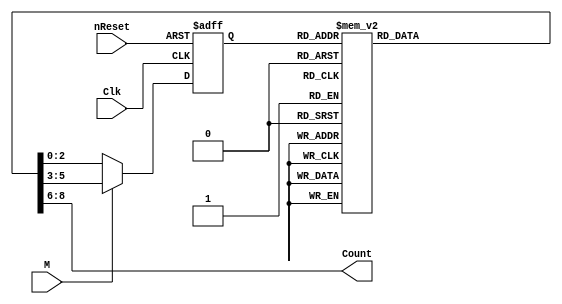
module complexCounter(Clk, nReset, M, Count);
	input Clk, nReset, M;
	output [2:0] Count;
	
	reg [2:0] cState,nStateBin,nStateGr;
	always @ (negedge Clk, negedge nReset)
		if(!nReset)
			cState <= 3'b000;
		else if(!M)
			cState <= nStateBin;
			else
			cState <= nStateGr;
	
	reg [2:0] Count;
	always @ (cState)
		case(cState)
			3'b000: begin
				nStateBin <= 3'b001;
				nStateGr <= 3'b001;
				Count <= 3'b000;
			end
			3'b001: begin
				nStateBin <= 3'b010;
				nStateGr <= 3'b011;
				Count <= 3'b001;
			end
			3'b010: begin
				nStateBin <= 3'b011;
				nStateGr <= 3'b110;
				Count <= 3'b010;
			end
			3'b011: begin
				nStateBin <= 3'b100;
				nStateGr <= 3'b010;
				Count <= 3'b011;
			end
			3'b100: begin
				nStateBin <= 3'b101;
				nStateGr <= 3'b000;
				Count <= 3'b100;
			end
			3'b101: begin
				nStateBin <= 3'b110;
				nStateGr <= 3'b100;
				Count <= 3'b101;
			end
			3'b110: begin
				nStateBin <= 3'b111;
				nStateGr <= 3'b111;
				Count <= 3'b110;
			end
			3'b111: begin
				nStateBin <= 3'b000;
				nStateGr <= 3'b101;
				Count <= 3'b111;
			end
		endcase
		// Count <= cState;
endmodule